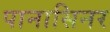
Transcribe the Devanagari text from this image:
पानासिनर